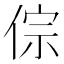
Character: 倧